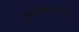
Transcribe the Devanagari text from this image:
अवस्‍थापना